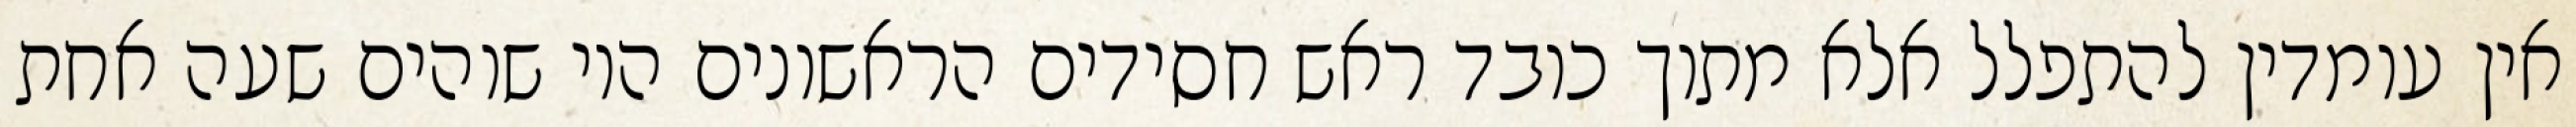
אין עומדין להתפלל אלא מתוך כובד ראש חסידים הראשונים היו שוהים שעה אחת